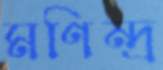
মণিন্দ্র